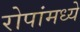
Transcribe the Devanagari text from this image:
रोपांमध्ये